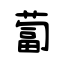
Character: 蔔